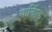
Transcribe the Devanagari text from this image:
गार्निश्ड